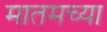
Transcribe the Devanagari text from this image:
मातमच्या